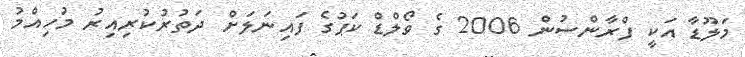
މަލޫޑާ އަކީ ފްރާންސުން 2006 ގެ ވޯލްޑް ކަޕުގެ ފައިނަލަށް ދަތުރުކުރިއިރު މުހިއްމު